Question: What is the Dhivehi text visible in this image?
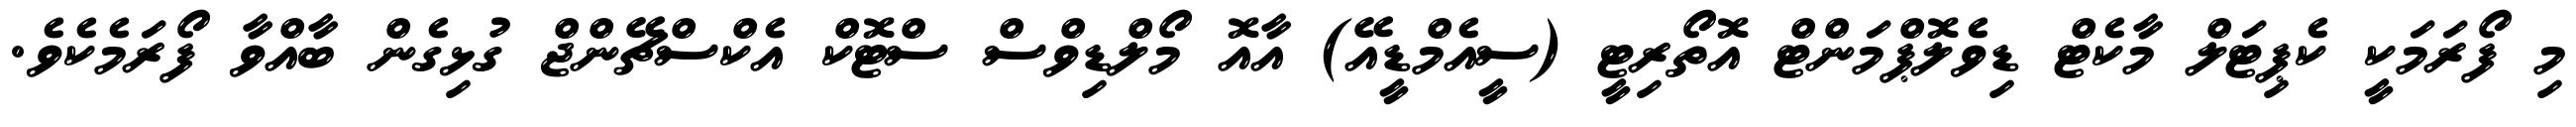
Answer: މި ފޯރަމަކީ ކެޕިޓަލް މާކެޓް ޑިވެލޮޕްމަންޓް އޮތޯރިޓީ (ސީއެމްޑީއޭ) އާއޮ މޯލްޑިވްސް ސްޓޮކް އެކްސްޗޭންޖް ގުޅިގެން ބާއްވާ ފޯރަމެކެވެ.